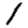
Digit: 1